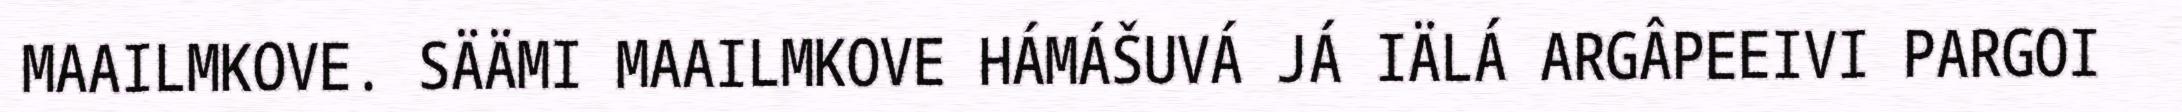
MAAILMKOVE. SÄÄMI MAAILMKOVE HÁMÁŠUVÁ JÁ IÄLÁ ARGÂPEEIVI PARGOI